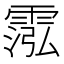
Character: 霐